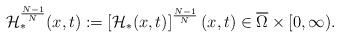
LaTeX: \begin{align*}\mathcal{H}_*^{\frac{N-1}{N}}(x,t):=\left[\mathcal{H}_*(x,t)\right]^{\frac{N-1}{N}}(x,t)\in \overline{\Omega}\times [0,\infty).\end{align*}